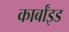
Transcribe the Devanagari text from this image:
कार्बांइड